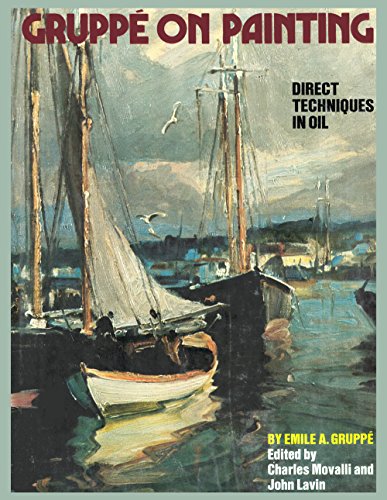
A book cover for GruppÃ© on Painting: Direct Techniques in Oil; Emile A. GruppÃ©; Arts & Photography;